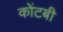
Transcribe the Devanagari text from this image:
कोंटबी